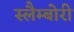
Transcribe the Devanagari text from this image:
स्लैम्बोरी